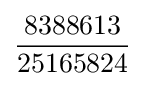
{\frac {8388613}{25165824}}